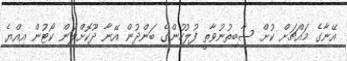
އޭނާގެ މައްޗަށް ކުށް ސާބިތުނުވާތީ ފުލުހުންގެ ބަންދުން އޭނާ ދޫކޮށްލަން ކޯޓުން އިއްޔެ